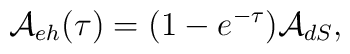
{\cal A}_{eh}(\tau) = (1 - e^{-\tau}) {\cal A}_{dS} ,